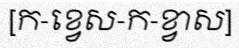
[ក-ខ្វេស-ក-ខ្វាស]